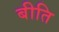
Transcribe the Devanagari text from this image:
बीति